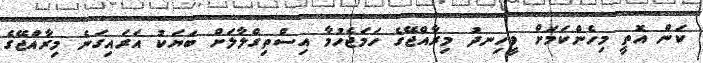
ކަން އޮތީ މިހެންކަމަށް ވީހިނދު މިރާއްޖޭގެ ހަމަޖެހުމާ އިސްތިގްލާލަށް ބަޔަކު އަރައިގަނެ މިރާއްޖޭގެ